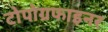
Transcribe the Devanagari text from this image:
टोपोग्रफाइनर